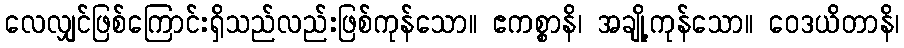
လေလျှင်ဖြစ်ကြောင်းရှိသည်လည်းဖြစ်ကုန်သော။ ဧကစ္စာနိ၊ အချို့ကုန်သော။ ဝေဒယိတာနိ၊